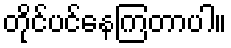
တိုင်ပင်နေကြတာပါ။